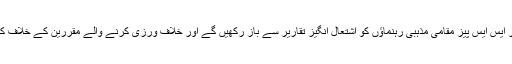
متعلقہ ڈپٹی کمشنرز اور ایس ایس پیز مقامی مذہبی رہنماؤں کو اشتعال انگیز تقاریر سے باز رکھیں گے اور خلاف ورزی کرنے والے مقررین کے خلاف کارروائی کی جائے گی۔